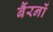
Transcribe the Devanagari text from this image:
बैंरनों